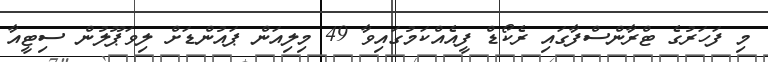
މި ފަހަަރުގެ ޓްރާންސްފާގައި ރެކޯޑް ފީއެއްކަމުގައިވާ 49 މިލިއަން ޕައުންޑަށް ލިވަޕޫލުން ސިޓީއާ